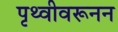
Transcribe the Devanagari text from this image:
पृथ्वीवरूनन